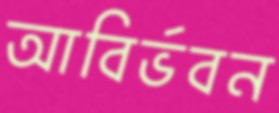
আবির্ভবন